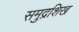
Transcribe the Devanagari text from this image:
समुद्रशिख